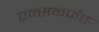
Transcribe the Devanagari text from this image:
एक्सकर्जंस